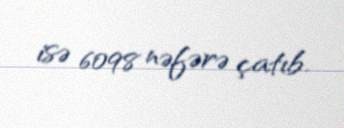
isə 6098 nəfərə çatıb.